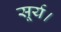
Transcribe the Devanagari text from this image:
सूर्य।